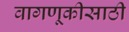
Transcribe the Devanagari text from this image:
वागणूकीसाठी